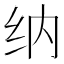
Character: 纳